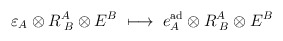
\begin{align*}\varepsilon_A \otimes R_{\; B}^A \otimes E^B \;\longmapsto \; e_A^{\rm ad}\otimes R_{\; B}^A \otimes E^B\end{align*}